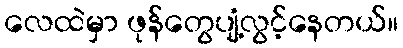
လေထဲမှာ ဖုန်တွေပျံ့လွင့်နေတယ်။